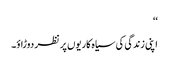
‘‘
اپنی زندگی کی سیاہ کاریوں پر نظر دوڑاؤ۔